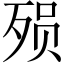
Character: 殒